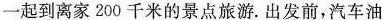
一起到离家200千米的景点旅游。出发前，汽车油